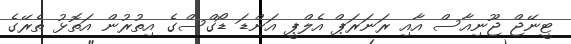
ޓީނޭޖް ޖޫނިއާސް އާއި ރަނަރަޕް އެލްޕީ އަންޑަ ޑޯގްސްގެ އިތުރުން އަތޮޅު ތެރޭގެ